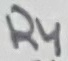
Text: R4